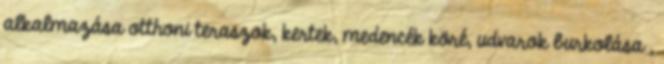
alkalmazása otthoni teraszok, kertek, medencék köré, udvarok burkolása ,